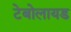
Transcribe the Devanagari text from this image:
टेबोलायड